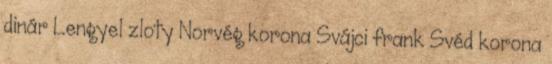
dinár Lengyel zloty Norvég korona Svájci frank Svéd korona